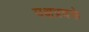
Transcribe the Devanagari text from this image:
पक्षप्रवक्ते